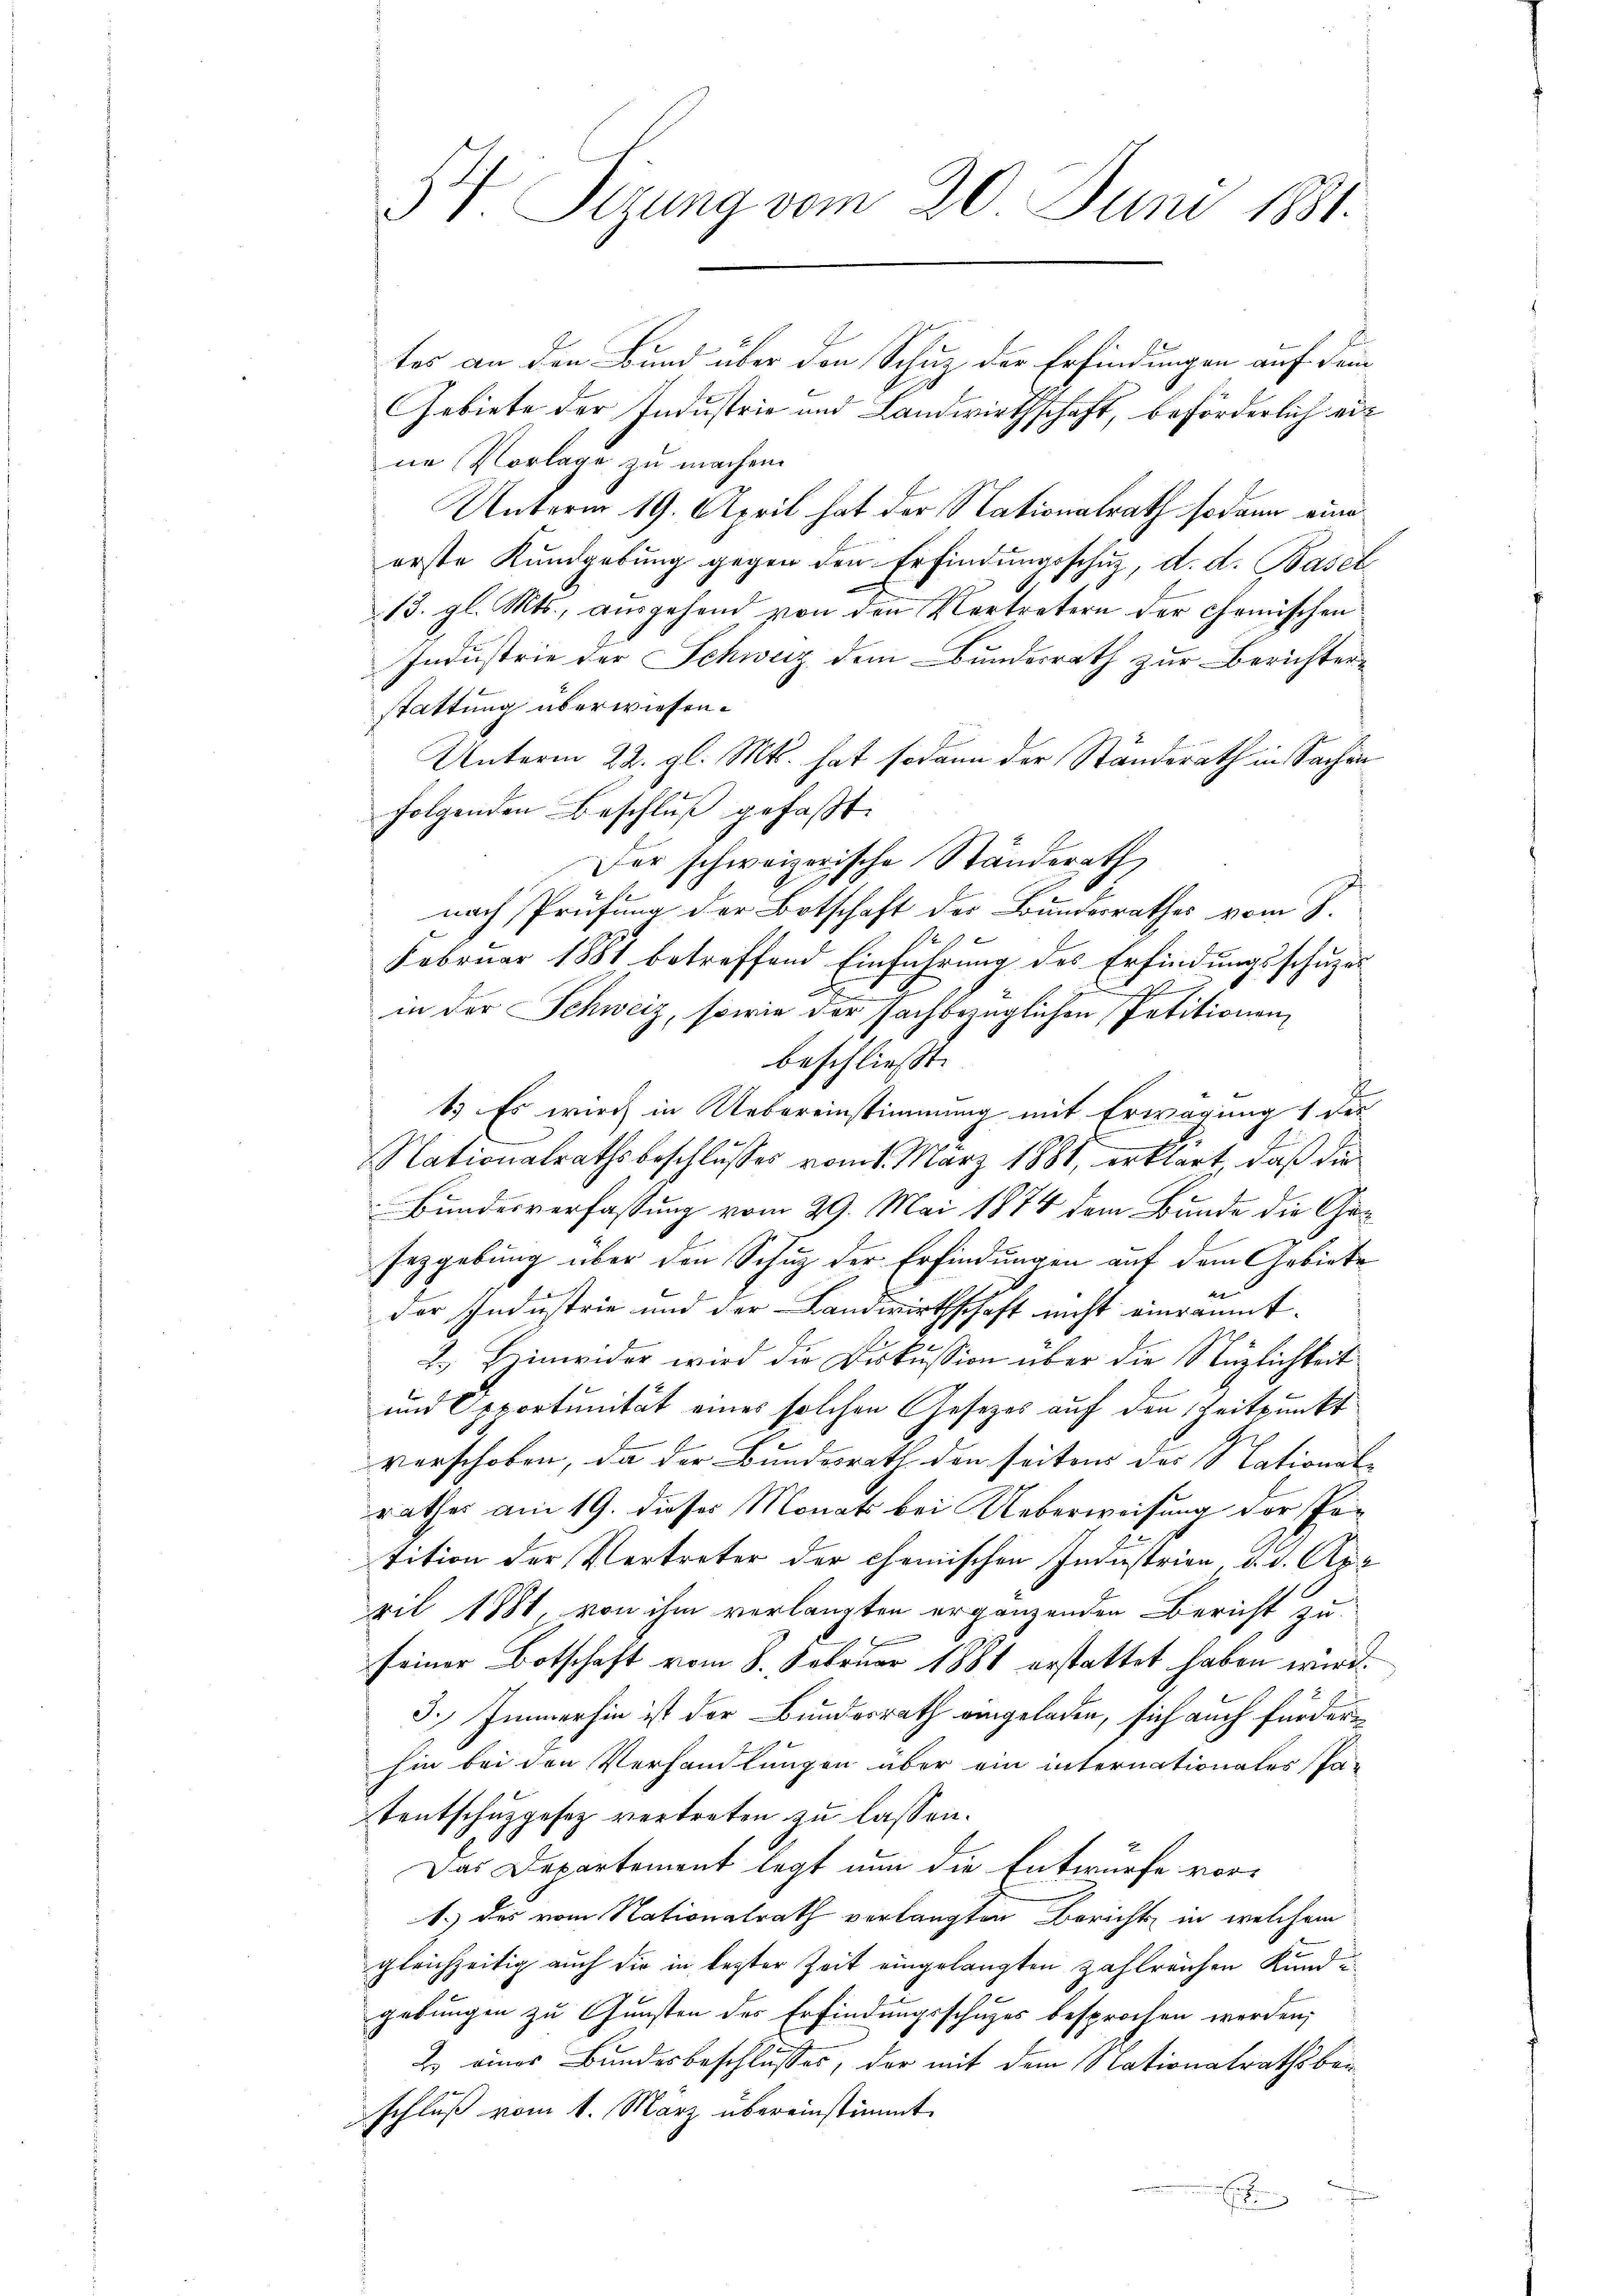
5 V. Sizung vom 20. Juni 1881.

tes an den Bund über den Schuz der Erfindungen auf dem
Gebiete der Industrie und Landwirthschaft, beförderlich eine Vorlage zu machen.
Unterm 19. April hat der Nationalrath sodann eine
erste Kundgebung gegen den Erfindungsschuz, d. d. Basel
13. gl. Mts., ausgehend von den Vertretern der Chemischen
Industrie der Schweiz dem Bundesrath zur Berichterstattung überwiesen.
Unterm 22. gl. Mts. hat sodann der Ständerath in Sachen
folgenden Beschluß gefaßt.
Der schweizerische Standerath
nach Prüfung der Botschaft der Bundesrathes vom 8.
Februar 1881 betreffend Einführung des Erfindungsschuzes
d
in der Schweiz, sowie der sachbezüglichen Petitionen
beschließt:
1. Es wirch in Uebereinstimmung mit Erwägung 1 des
Nationalrathsbeschlusses vom 1. März 1881, erklärt, daß die
Bundesverfassung vom 29. Mai 1874 dem Bunde die Gesezgebung über den Schuz der Erfindungen auf dem Gebiete
der Industrie und der Landwirthschaft nicht einräumt.
2.) Hinwider wird die Diskussion über die Nützlichkeit
und Opportunität eines solchen Gesetzes auf den Zeitpunkt
verschoben, da der Bundesrath den seiten des National-
rathes am 19. dieses Monats bei Ueberweisung der Petition der Vertreter der chemischen Industrien, d. d. Apr
ril 1881, von ihm verlangten ergänzenden Bericht zu
seiner Botschaft vom 8. Februar 1881 erstattet haben wird.
3. Immerhin ist der Bunderrath eingeladen, sich auch fürder
hin bei den Verhandlungen aber ein internationales Pa-
tentschuzgesetz vertreten zu lassen.
Das Departement legt nun die Entwurfe vor¬
1.) des vom Nationalrath verlangten Berichts in welchem
gleichzeitig auch die in lezter Zeit eingelangten zahlreichen Kundgebungen zu Gunsten des Erfindungsschuzes besprochen werden;
2) eines Bundesbeschlusses, der mit dem Nationalrathsbauschluß vom 1. März übereinstimmt.
d
Ein
e